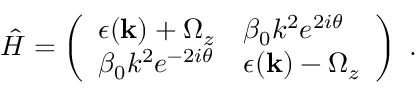
\begin{array} { r } { \hat { H } = \left( \begin{array} { l l } { \epsilon ( \mathbf { k } ) + \Omega _ { z } } & { \beta _ { 0 } k ^ { 2 } e ^ { 2 i \theta } } \\ { \beta _ { 0 } k ^ { 2 } e ^ { - 2 i \theta } } & { \epsilon ( \mathbf { k } ) - \Omega _ { z } } \end{array} \right) \textrm { . } } \end{array}